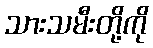
သားသမီးတို့ကို